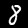
Label: 8